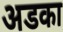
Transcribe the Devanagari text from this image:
अडका